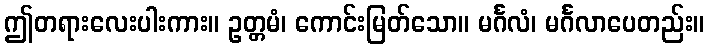
ဤတရားလေးပါးကား။ ဥတ္တမံ၊ ကောင်းမြတ်သော။ မင်္ဂလံ၊ မင်္ဂလာပေတည်း။